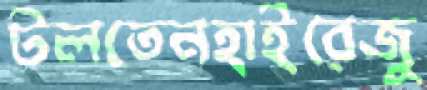
টলতেনহাইরেজু